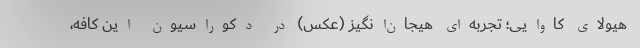
هیولای کاوایی؛ تجربه‌ای هیجان‌انگیز (عکس) در دکوراسیون این کافه،